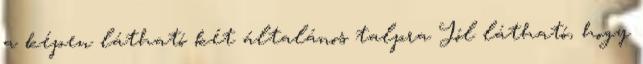
a képen látható két általános talpra Jól látható, hogy